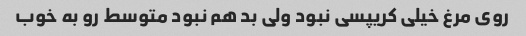
روی مرغ خیلی کریپسی نبود ولی بد هم نبود متوسط رو به خوب